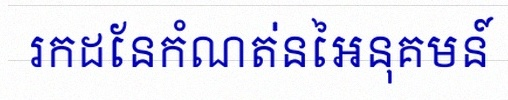
រកដែនកំណត់នៃអនុគមន៍